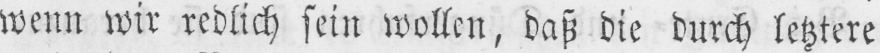
wenn wir redlich sein wollen, daß die durch letztere